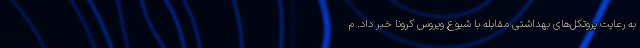
به رعایت پروتکل‌های بهداشتی مقابله با شیوع ویروس کرونا خبر داد. م